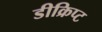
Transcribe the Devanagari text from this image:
डीक्रिप्ट